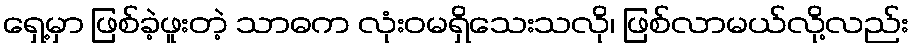
ရှေ့မှာ ဖြစ်ခဲ့ဖူးတဲ့ သာဓက လုံးဝမရှိသေးသလို၊ ဖြစ်လာမယ်လို့လည်း